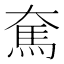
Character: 𩡱